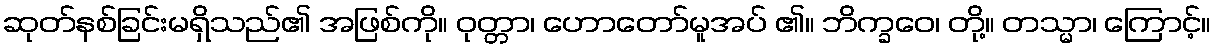
ဆုတ်နစ်ခြင်းမရှိသည်၏ အဖြစ်ကို။ ဝုတ္တာ၊ ဟောတော်မူအပ် ၏။ ဘိက္ခဝေ၊ တို့။ တသ္မာ၊ ကြောင့်။